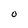
Character: 0